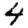
Digit: 4